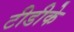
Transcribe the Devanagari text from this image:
टीडीके